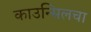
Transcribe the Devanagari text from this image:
काउन्सिलचा